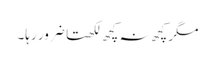
مگر کچھ نہ کچھ لکھتا ضرور رہا۔